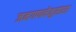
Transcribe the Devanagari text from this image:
जनगणनेनुसारर